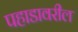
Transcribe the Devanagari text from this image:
पहाडावरील